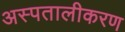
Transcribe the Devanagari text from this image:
अस्पतालीकरण